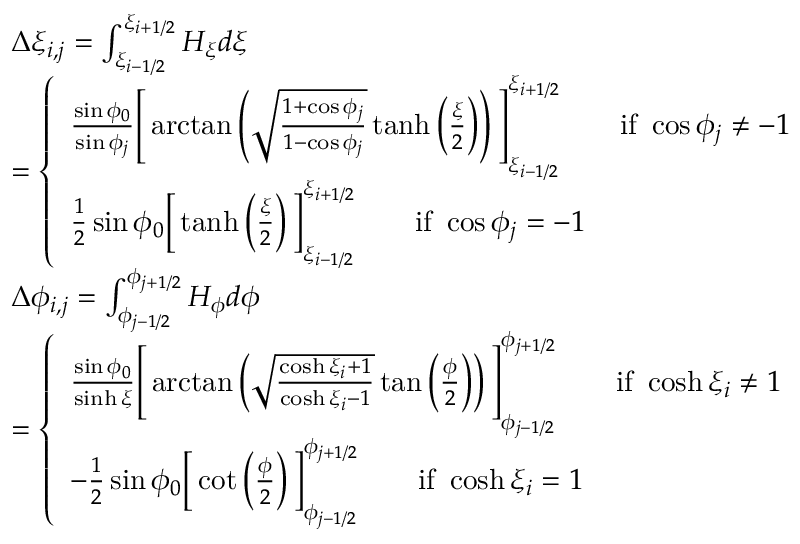
\begin{array} { r l } & { \begin{array} { r l } & { \Delta \xi _ { i , j } = \int _ { \xi _ { i - 1 / 2 } } ^ { \xi _ { i + 1 / 2 } } H _ { \xi } d \xi } \\ & { = \left\{ \begin{array} { l l } { \frac { \sin \phi _ { 0 } } { \sin \phi _ { j } } \Bigg [ \arctan \left( \sqrt { \frac { 1 + \cos \phi _ { j } } { 1 - \cos \phi _ { j } } } \operatorname { t a n h } \left( \frac { \xi } { 2 } \right) \right) \Bigg ] _ { \xi _ { i - 1 / 2 } } ^ { \xi _ { i + 1 / 2 } } \qquad \mathrm { i f ~ } \cos \phi _ { j } \ne - 1 } \\ { \frac { 1 } { 2 } \sin \phi _ { 0 } \bigg [ \operatorname { t a n h } \left( \frac { \xi } { 2 } \right) \bigg ] _ { \xi _ { i - 1 / 2 } } ^ { \xi _ { i + 1 / 2 } } \qquad \mathrm { i f ~ } \cos \phi _ { j } = - 1 } \end{array} \right. } \end{array} } \\ & { \begin{array} { r l } & { \Delta \phi _ { i , j } = \int _ { \phi _ { j - 1 / 2 } } ^ { \phi _ { j + 1 / 2 } } H _ { \phi } d \phi } \\ & { = \left\{ \begin{array} { l l } { \frac { \sin \phi _ { 0 } } { \sinh \xi } \Bigg [ \arctan \left( \sqrt { \frac { \cosh \xi _ { i } + 1 } { \cosh \xi _ { i } - 1 } } \tan \left( \frac { \phi } { 2 } \right) \right) \Bigg ] _ { \phi _ { j - 1 / 2 } } ^ { \phi _ { j + 1 / 2 } } \qquad \mathrm { i f ~ } \cosh \xi _ { i } \ne 1 } \\ { - \frac { 1 } { 2 } \sin \phi _ { 0 } \bigg [ \cot \left( \frac { \phi } { 2 } \right) \bigg ] _ { \phi _ { j - 1 / 2 } } ^ { \phi _ { j + 1 / 2 } } \qquad \mathrm { i f ~ } \cosh \xi _ { i } = 1 } \end{array} \right. } \end{array} } \end{array}